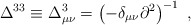
\begin{align*}\Delta^{33}\equiv\Delta^{3}_{\mu\nu}=\left(-\delta_{\mu\nu}\partial^2\right)^{-1} \ , \end{align*}